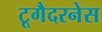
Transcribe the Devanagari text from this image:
टूगैदरनेस